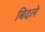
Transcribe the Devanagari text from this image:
बिदले